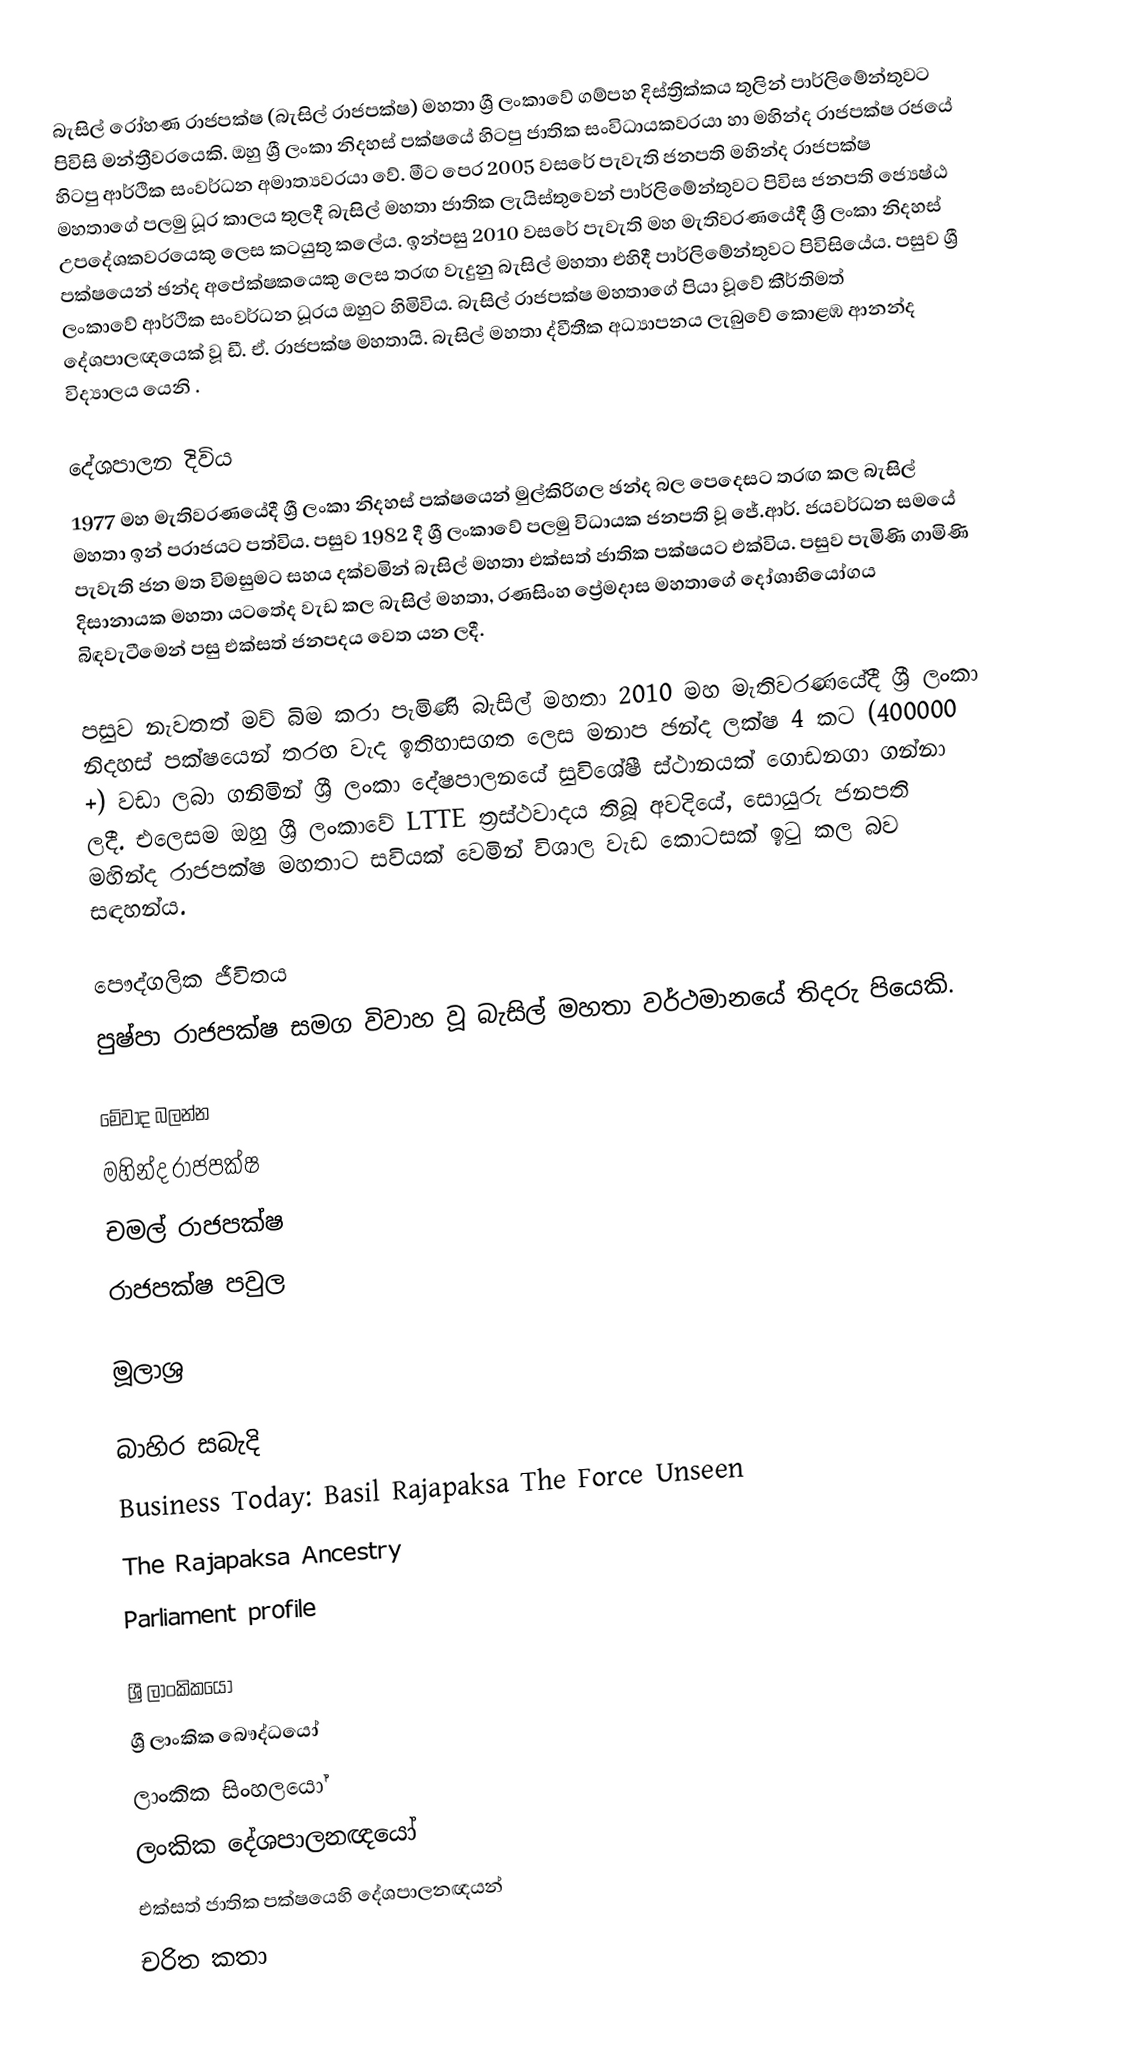
බැසිල් රෝහණ රාජපක්ෂ (බැසිල් රාජපක්ෂ) මහතා ශ්‍රී ලංකාවේ ගම්පහ දිස්ත්‍රික්කය තුලින් පාර්ලිමේන්තුවට පිවිසි මන්ත්‍රීවරයෙකි. ඔහු ශ්‍රී ලංකා නිදහස් පක්ෂයේ හිටපු ජාතික සංවිධායකවරයා හා මහින්ද රාජපක්ෂ රජයේ හිටපු ආර්ථික සංවර්ධන අමාත්‍යවරයා වේ. මීට පෙර 2005 වසරේ පැවැති ජනපති මහින්ද රාජපක්ෂ මහතාගේ පලමු ධූර කාලය තුලදී බැසිල් මහතා ජාතික ලැයිස්තුවෙන් පාර්ලිමේන්තුවට පිවිස ජනපති ජ්‍යෙෂ්ඨ උපදේශකවරයෙකු ලෙස කටයුතු කලේය. ඉන්පසු 2010 වසරේ පැවැති මහ මැතිවරණයේදී ශ්‍රී ලංකා නිදහස් පක්ෂයෙන් ඡන්ද අපේක්ෂකයෙකු ලෙස තරඟ වැදුනු බැසිල් මහතා එහිදී පාර්ලිමේන්තුවට පිවිසියේය. පසුව ශ්‍රී ලංකාවේ ආර්ථික සංවර්ධන ධූරය ඔහුට හිමිවිය. බැසිල් රාජපක්ෂ මහතාගේ පියා වූවේ කීර්තිමත් දේශපාලඥයෙක් වූ ඩී. ඒ. රාජපක්ෂ මහතායි. බැසිල් මහතා ද්වීතීක අධ්‍යාපනය ලැබුවේ කොළඹ ආනන්ද විද්‍යාලය යෙනි .

දේශපාලන දිවිය
1977 මහ මැතිවරණයේදී ශ්‍රී ලංකා නිදහස් පක්ෂයෙන් මුල්කිරිගල ඡන්ද බල පෙදෙසට තරඟ කල බැසිල් මහතා ඉන් පරාජයට පත්විය. පසුව 1982 දී ශ්‍රී ලංකාවේ පලමු විධායක ජනපති වූ ජේ.ආර්. ජයවර්ධන සමයේ පැවැති ජන මත විමසුමට සහය දක්වමින් බැසිල් මහතා එක්සත් ජාතික පක්ෂයට එක්විය.   පසුව පැමිණි ගාමිණි දිසානායක මහතා යටතේද වැඩ කල බැසිල් මහතා, රණසිංහ ප්‍රේමදාස මහතාගේ දෝශාභියෝගය බිඳවැටීමෙන් පසු එක්සත් ජනපදය වෙත යන ලදී.

පසුව නැවතත් මව් බිම කරා පැමිණි බැසිල් මහතා 2010 මහ මැතිවරණයේදී ශ්‍රී ලංකා නිදහස් පක්ෂයෙන් තරඟ වැද ඉතිහාසගත ලෙස මනාප ඡන්ද ලක්ෂ 4 කට (400000 +) වඩා ලබා ගනිමින් ශ්‍රී ලංකා දේෂපාලනයේ සුවිශේෂී ස්ථානයක් ගොඩනගා ගන්නා ලදී. එලෙසම ඔහු ශ්‍රී ලංකාවේ LTTE ත්‍රස්ථවාදය තිබූ අවදියේ, සොයුරු ජනපති මහින්ද රාජපක්ෂ මහතාට සවියක් වෙමින් විශාල වැඩ කොටසක් ඉටු කල බව සඳහන්ය.

පෞද්ගලික ජීවිතය
පුෂ්පා රාජපක්ෂ සමග විවාහ වූ බැසිල් මහතා වර්ථමානයේ තිදරු පියෙකි.

මේවාද බලන්න
මහින්ද රාජපක්ෂ
චමල් රාජපක්ෂ
රාජපක්ෂ පවුල

මූලාශ්‍ර

බාහිර සබැදි
Business Today: Basil Rajapaksa The Force Unseen
The Rajapaksa Ancestry
 Parliament profile

ශ්‍රී ලාංකිකයෝ
ශ්‍රී ලාංකික බෞද්ධයෝ
ලාංකික සිංහලයෝ
ලංකික දේශපාලනඥයෝ
එක්සත් ජාතික පක්ෂයෙහි දේශපාලනඥයන්
චරිත කතා